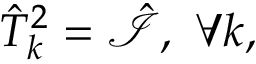
\hat { T } _ { k } ^ { 2 } = \mathcal { \hat { I } } , \ \forall k ,